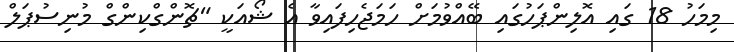
މިމަހު 18 ގައި އޮލިންޕަހުގައި ބޭއްވުމަށް ހަމަޖެހިފައިވާ އެ ޝޯއަކީ "ޗޮންގްކިންގް މުނިސުޕަލް